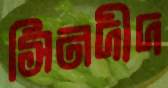
সিনদীদ